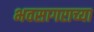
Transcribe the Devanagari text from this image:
भवसागराच्या